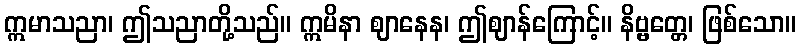
ဣမာသညာ၊ ဤသညာတို့သည်။ ဣမိနာ ဈာနေန၊ ဤဈာန်ကြောင့်။ နိဗ္ဗတ္တေ၊ ဖြစ်သော။